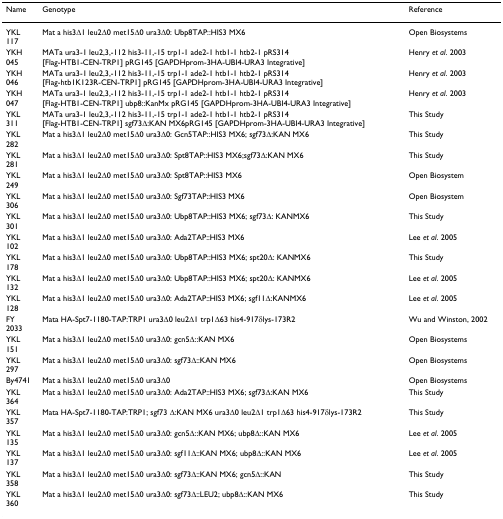
<table><thead><tr><td><b>Name</b></td><td><b>Genotype</b></td><td><b>Reference</b></td></tr></thead><tbody><tr><td>YKL117</td><td>Mat a his3Δ1 leu2Δ0 met15Δ0 ura3Δ0: Ubp8TAP::HIS3 MX6</td><td>Open Biosystems</td></tr><tr><td>YKH045</td><td>MATa ura3-1 leu2,3,-112 his3-11,-15 trp1-1 ade2-1 htb1-1 htb2-1 pRS314[Flag-HTB1-CEN-TRP1] pRG145 [GAPDHprom-3HA-UBI4-URA3 Integrative]</td><td>Henry <i>et al</i>. 2003</td></tr><tr><td>YKH046</td><td>MATa ura3-1 leu2,3,-112 his3-11,-15 trp1-1 ade2-1 htb1-1 htb2-1 pRS314[Flag-htb1K123R-CEN-TRP1] pRG145 [GAPDHprom-3HA-UBI4-URA3 Integrative]</td><td>Henry <i>et al</i>. 2003</td></tr><tr><td>YKH047</td><td>MATa ura3-1 leu2,3,-112 his3-11,-15 trp1-1 ade2-1 htb1-1 htb2-1 pRS314[Flag-HTB1-CEN-TRP1] ubp8::KanMx pRG145 [GAPDHprom-3HA-UBI4-URA3 Integrative]</td><td>Henry <i>et al</i>. 2003</td></tr><tr><td>YKL311</td><td>MATa ura3-1 leu2,3,-112 his3-11,-15 trp1-1 ade2-1 htb1-1 htb2-1 pRS314[Flag-HTB1-CEN-TRP1] sgf73Δ:KAN MX6pRG145 [GAPDHprom-3HA-UBI4-URA3 Integrative]</td><td>This Study</td></tr><tr><td>YKL282</td><td>Mat a his3Δ1 leu2Δ0 met15Δ0 ura3Δ0: Gcn5TAP::HIS3 MX6; sgf73Δ:KAN MX6</td><td>This Study</td></tr><tr><td>YKL281</td><td>Mat a his3Δ1 leu2Δ0 met15Δ0 ura3Δ0: Spt8TAP::HIS3 MX6;sgf73Δ:KAN MX6</td><td>This Study</td></tr><tr><td>YKL249</td><td>Mat a his3Δ1 leu2Δ0 met15Δ0 ura3Δ0: Spt8TAP::HIS3 MX6</td><td>Open Biosystem</td></tr><tr><td>YKL306</td><td>Mat a his3Δ1 leu2Δ0 met15Δ0 ura3Δ0: Sgf73TAP::HIS3 MX6</td><td>Open Biosystem</td></tr><tr><td>YKL301</td><td>Mat a his3Δ1 leu2Δ0 met15Δ0 ura3Δ0: Ubp8TAP::HIS3 MX6; sgf73Δ: KANMX6</td><td>This Study</td></tr><tr><td>YKL102</td><td>Mat a his3Δ1 leu2Δ0 met15Δ0 ura3Δ0: Ada2TAP::HIS3 MX6</td><td>Lee <i>et al</i>. 2005</td></tr><tr><td>YKL178</td><td>Mat a his3Δ1 leu2Δ0 met15Δ0 ura3Δ0: Ubp8TAP::HIS3 MX6; spt20Δ: KANMX6</td><td>This Study</td></tr><tr><td>YKL132</td><td>Mat a his3Δ1 leu2Δ0 met15Δ0 ura3Δ0: Ubp8TAP::HIS3 MX6; spt20Δ: KANMX6</td><td>Lee <i>et al</i>. 2005</td></tr><tr><td>YKL128</td><td>Mat a his3Δ1 leu2Δ0 met15Δ0 ura3Δ0: Ada2TAP::HIS3 MX6; sgf11Δ:KANMX6</td><td>Lee <i>et al</i>. 2005</td></tr><tr><td>FY2033</td><td>Mata HA-Spt7-1180-TAP:TRP1 ura3Δ0 leu2Δ1 trp1Δ63 his4-917δlys-173R2</td><td>Wu and Winston, 2002</td></tr><tr><td>YKL151</td><td>Mat a his3Δ1 leu2Δ0 met15Δ0 ura3Δ0: gcn5Δ::KAN MX6</td><td>Open Biosystems</td></tr><tr><td>YKL297</td><td>Mat a his3Δ1 leu2Δ0 met15Δ0 ura3Δ0: sgf73Δ::KAN MX6</td><td>Open Biosystems</td></tr><tr><td>By4741</td><td>Mat a his3Δ1 leu2Δ0 met15Δ0 ura3Δ0</td><td>Open Biosystems</td></tr><tr><td>YKL364</td><td>Mat a his3Δ1 leu2Δ0 met15Δ0 ura3Δ0: Ada2TAP::HIS3 MX6; sgf73Δ:KAN MX6</td><td>This Study</td></tr><tr><td>YKL357</td><td>Mata HA-Spt7-1180-TAP:TRP1; sgf73 Δ:KAN MX6 ura3Δ0 leu2Δ1 trp1Δ63 his4-917δlys-173R2</td><td>This Study</td></tr><tr><td>YKL135</td><td>Mat a his3Δ1 leu2Δ0 met15Δ0 ura3Δ0: gcn5Δ::KAN MX6; ubp8Δ::KAN MX6</td><td>Lee <i>et al</i>. 2005</td></tr><tr><td>YKL137</td><td>Mat a his3Δ1 leu2Δ0 met15Δ0 ura3Δ0: sgf11Δ::KAN MX6; ubp8Δ::KAN MX6</td><td>Lee <i>et al</i>. 2005</td></tr><tr><td>YKL358</td><td>Mat a his3Δ1 leu2Δ0 met15Δ0 ura3Δ0: sgf73Δ::KAN MX6; gcn5Δ::KAN</td><td>This Study</td></tr><tr><td>YKL360</td><td>Mat a his3Δ1 leu2Δ0 met15Δ0 ura3Δ0: sgf73Δ::LEU2; ubp8Δ::KAN MX6</td><td>This Study</td></tr></tbody></table>